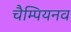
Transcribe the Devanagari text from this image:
चैम्पियनव